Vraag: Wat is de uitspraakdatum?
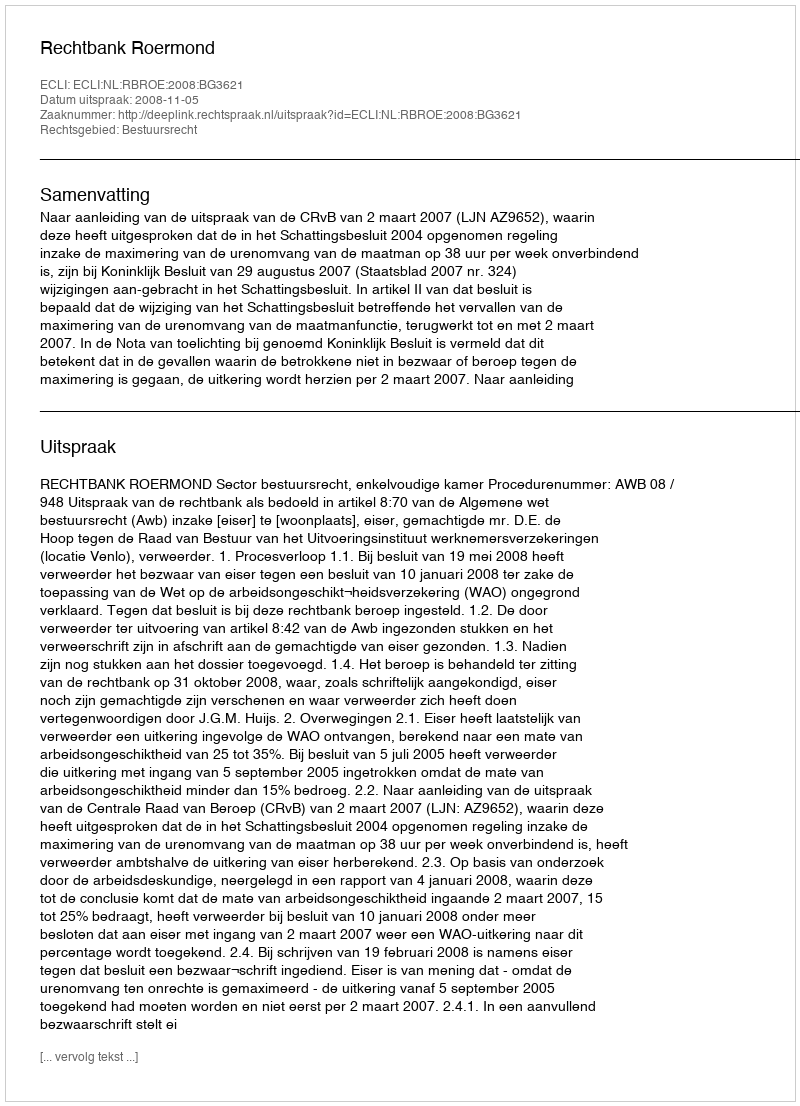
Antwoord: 2008-11-05